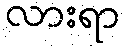
လားရာ